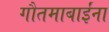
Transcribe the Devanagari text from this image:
गौतमाबाईंना